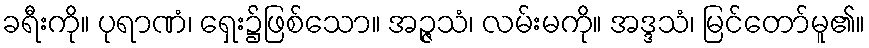
ခရီးကို။ ပုရာဏံ၊ ရှေး၌ဖြစ်သော။ အဉ္ဇသံ၊ လမ်းမကို။ အဒ္ဒသံ၊ မြင်တော်မူ၏။